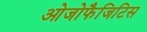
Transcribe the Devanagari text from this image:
ओजोफैजिटिस